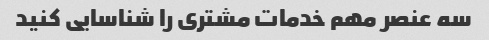
سه عنصر مهم خدمات مشتری را شناسایی کنید